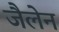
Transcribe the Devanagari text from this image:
जैलेन